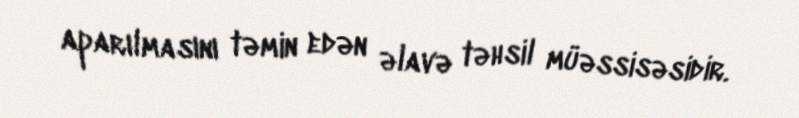
aparılmasını təmin edən əlavə təhsil müəssisəsidir.